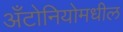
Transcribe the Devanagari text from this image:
अँटोनियोमधील